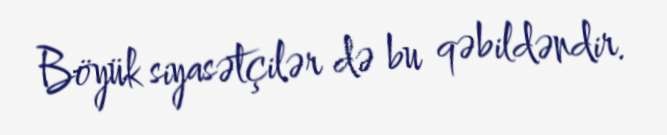
Böyük siyasətçilər də bu qəbildəndir.